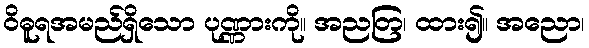
ဝိဓူရအမည်ရှိသော ပုဏ္ဏားကို။ အညတြ၊ ထား၍။ အညော၊